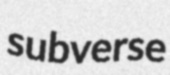
subverse